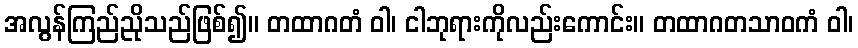
အလွန်ကြည်ညိုသည်ဖြစ်၍။ တထာဂတံ ဝါ၊ ငါဘုရားကိုလည်းကောင်း။ တထာဂတသာဝကံ ဝါ၊